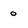
Character: o